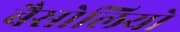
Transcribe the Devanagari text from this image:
बैसोलियो